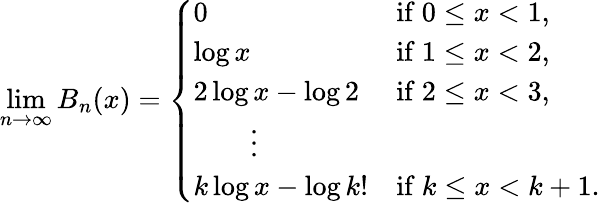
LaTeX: \operatorname*{lim}_{n\to\infty}B_{n}(x)=\left\{ \begin{array}{ll}{0}&{\mathrm{if~}0\leq x<1,}\\ {\log x}&{\mathrm{if~}1\leq x<2,}\\ {2\log x-\log 2}&{\mathrm{if~}2\leq x<3,}\\ {\qquad\vdots}\\ {k\log x-\log k!}&{\mathrm{if~}k\leq x<k+1.}\end{array}\right.